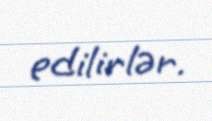
edilirlər.